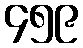
၄၅၉